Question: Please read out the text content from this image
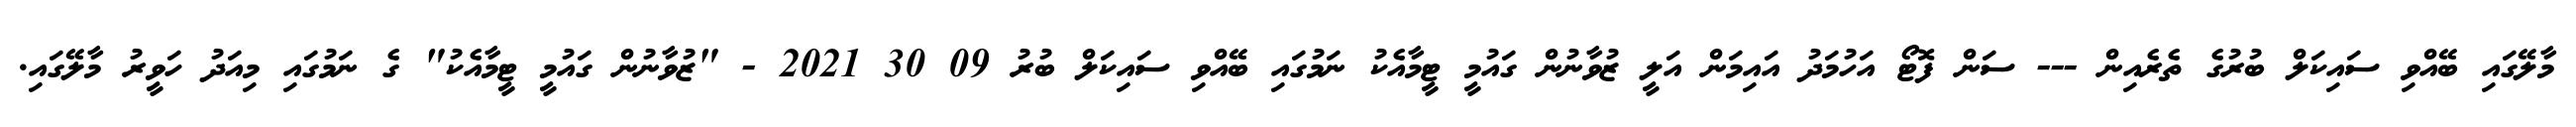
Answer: މާލޭގައި ބޭއްވި ސައިކަލް ބުރުގެ ތެރެއިން --- ސަން ފޮޓޯ އަހުމަދު އައިމަން އަލީ ޒުވާނުން ގައުމީ ޓީމާއެކު ނަމުގައި ބޭއްވި ސައިކަލް ބުރު 09 30 2021 - "ޒުވާނުން ގައުމީ ޓީމާއެކު" ގެ ނަމުގައި މިއަދު ހަވީރު މާލޭގައި.